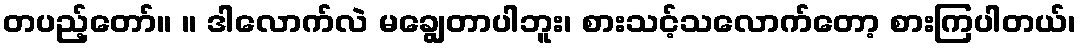
တပည့်တော်။ ။ ဒါလောက်လဲ မချွေတာပါဘူး၊ စားသင့်သလောက်တော့ စားကြပါတယ်၊